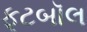
ફૂટબૉલ